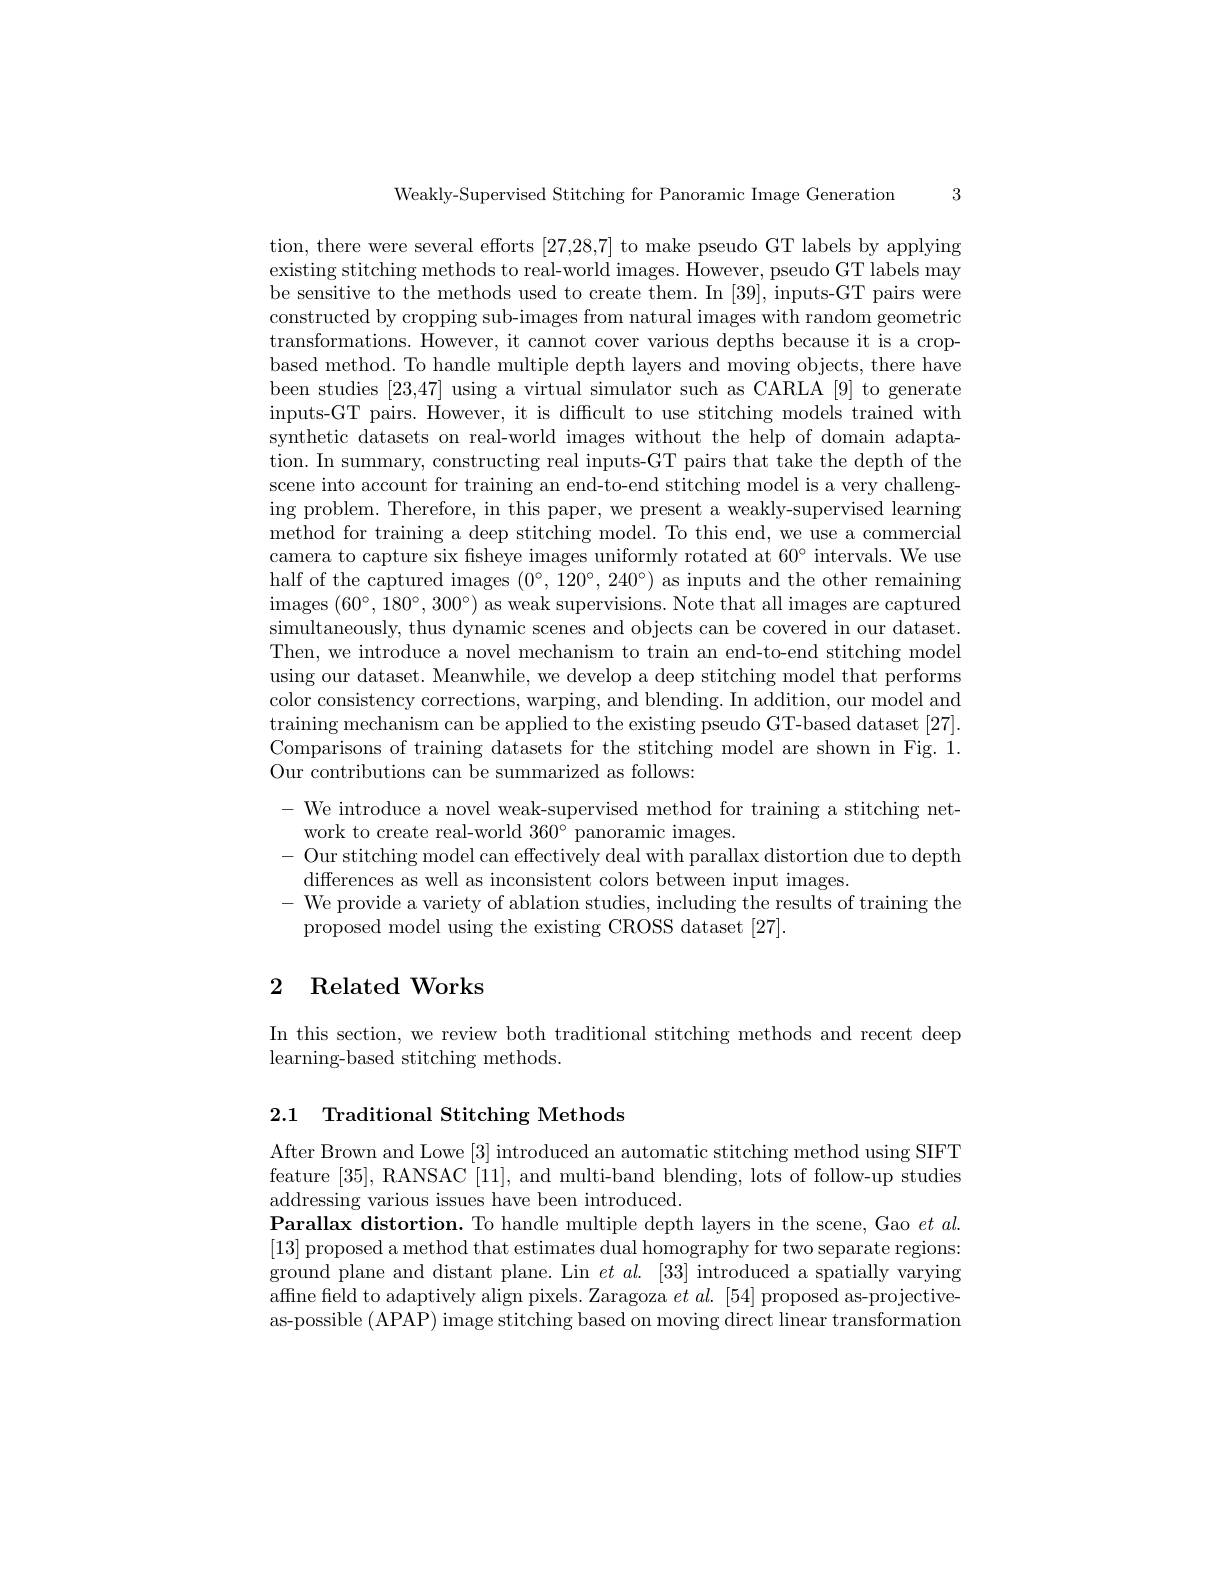
3

Weakly-Supervised Stitching for Panoramic Image Generation

tion, there were several efforts [27,28,7] to make pseudo GT labels by applying existing stitching methods to real-world images. However, pseudo GT labels may be sensitive to the methods used to create them. In [39], inputs-GT pairs were constructed by cropping sub-images from natural images with random geometric transformations. However, it cannot cover various depths because it is a cropbased method. To handle multiple depth layers and moving objects, there have been studies [23,47] using a virtual simulator such as CARLA[9] to generate inputs-GT pairs. However, it is difficult to use stitching models trained with synthetic datasets on real-world images without the help of domain adaptation. In summary, constructing real inputs-GT pairs that take the depth of the scene into account for training an end-to-end stitching model is a very challenging problem. Therefore, in this paper, we present a weakly-supervised learning method for training a deep stitching model. To this end, we use a commercial camera to capture six fisheye images uniformly rotated at $60^{\circ}$ intervals. We use half of the captured images $(0^\circ,120^\circ,240^\circ)$ as inputs and the other remaining images $( 60^{\circ }, 180^{\circ }, 300^{\circ })$ as weak supervisions. Note that all images are captured simultaneously, thus dynamic scenes and objects can be covered in our dataset. Then, we introduce a novel mechanism to train an end-to-end stitching model using our dataset. Meanwhile, we develop a deep stitching model that performs color consistency corrections, warping, and blending. In addition, our model and training mechanism can be applied to the existing pseudo GT-based dataset [27]. Comparisons of training datasets for the stitching model are shown in Fig. 1. Our contributions can be summarized as follows:
- We introduce a novel weak-supervised method for training a stitching net-
work to create real-world $360^\circ$ panoramic images.
- Our stitching model can effectively deal with parallax distortion due to depth
differences as well as inconsistent colors between input images.
We provide a variety of ablation studies, including the results of training the
proposed model using the existing CROSS dataset [27].

## 2 Related Works

In this section, we review both traditional stitching methods and recent deep
learning-based stitching methods.

2.1 Traditional Stitching Methods

After Brown and Lowe [3] introduced an automatic stitching method using SIFT feature [35],RANSAC [11], and multi-band blending, lots of follow-up studies addressing various issues have been introduced.
Parallax distortion. To handle multiple depth layers in the scene, Gao $et\textit{al}.$ [13] proposed a method that estimates dual homography for two separate regions: ground plane and distant plane. Lin $et$ al.[33] introduced a spatially varying affne field to adaptively align pixels. Zaragoza $et\textit{al. [ 54] proposed as- projective- }$ as-possible (APAP) image stitching based on moving direct linear transformation